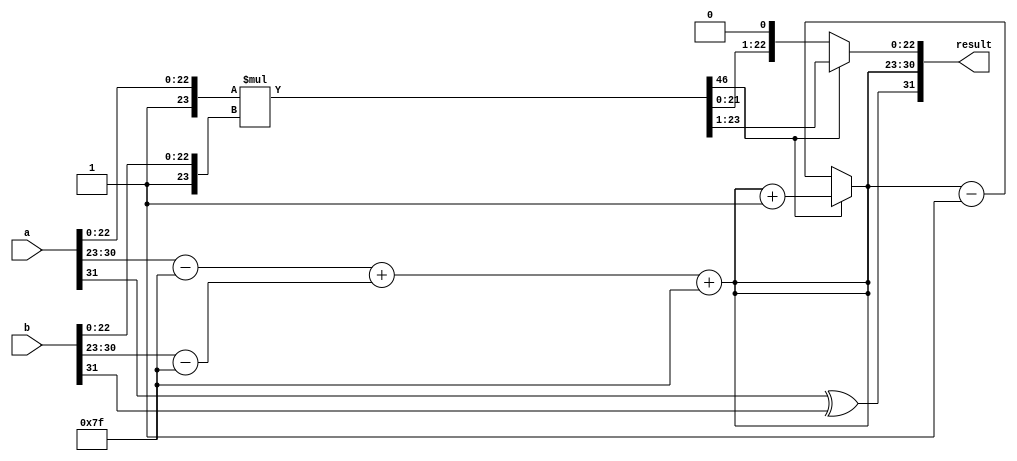
module floating_point_multiplier (
    input [31:0] a, // First floating-point number
    input [31:0] b, // Second floating-point number
    output reg [31:0] result // Result of multiplication
);

    // Internal signals
    wire sign_a, sign_b;
    wire [7:0] exp_a, exp_b;
    wire [22:0] mant_a, mant_b;
    wire [7:0] exp_result;
    wire [46:0] mant_product; // 23 + 23 = 46 bits for product
    reg [46:0] mant_temp;
    reg [7:0] exp_temp;
    reg sign_result;

    // Extract sign, exponent, and significand
    assign sign_a = a[31];
    assign exp_a = a[30:23];
    assign mant_a = a[22:0];
    
    assign sign_b = b[31];
    assign exp_b = b[30:23];
    assign mant_b = b[22:0];

    // Calculate the sign of the result
    always @(*) begin
        sign_result = sign_a ^ sign_b;
    end

    // Calculate the exponent
    always @(*) begin
        exp_temp = (exp_a - 8'd127) + (exp_b - 8'd127) + 8'd127;
    end

    // Multiply significands (including implicit leading 1)
    assign mant_product = {1'b1, mant_a} * {1'b1, mant_b};

    // Normalization
    always @(*) begin
        if (mant_product[46]) begin // If product >= 2
            mant_temp = mant_product >> 1; // Right shift
            exp_temp = exp_temp + 1; // Increment exponent
        end else begin // If product < 1
            mant_temp = mant_product << 1; // Left shift
            exp_temp = exp_temp - 1; // Decrement exponent
        end
    end

    // Rounding (round to nearest)
    always @(*) begin
        // Rounding logic can be implemented here
        // For simplicity, we will truncate the significand
        result[22:0] = mant_temp[22:0]; // Take the lower 23 bits
    end

    // Assign the final result
    always @(*) begin
        result[31] = sign_result; // Sign bit
        result[30:23] = exp_temp; // Exponent
        result[22:0] = mant_temp[22:0]; // Significand
    end

endmodule